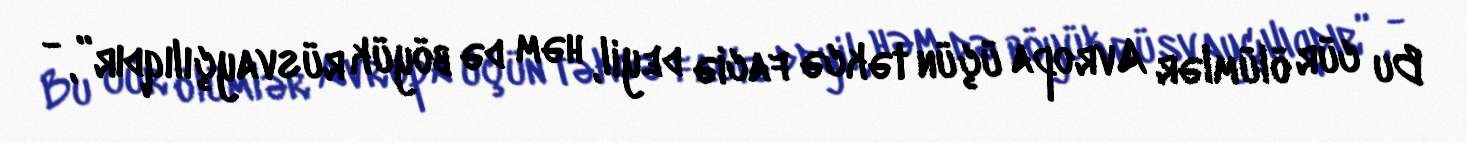
Bu cür ölümlər Avropa üçün təkcə faciə deyil, həm də böyük rüsvayçılıqdır”, -